Senior Leaving Certificate Examination (including Day School Certificate (Higher) General paper), 1950
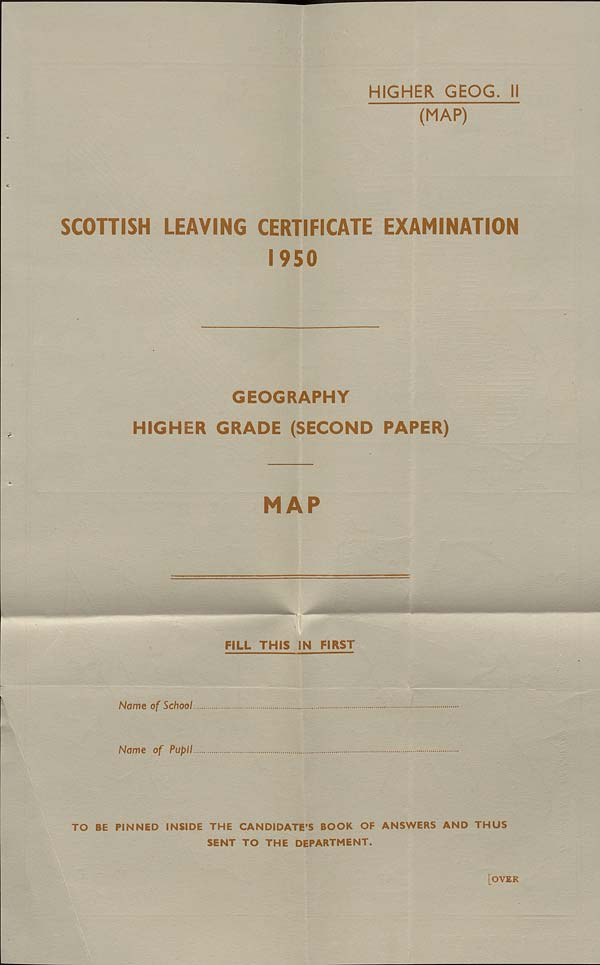
HIGHER GEOG. II
(MAP)
SCOTTISH LEAVING CERTIFICATE EXAMINATION
1950
GEOGRAPHY
HIGHER GRADE (SECOND PAPER)
MAP
FILL THIS IN FIRST
Name of School
Name of Pupil
TO BE PINNED INSIDE THE CANDIDATE'S BOOK OF ANSWERS AND THUS
SENT TO THE DEPARTMENT.
[OVER